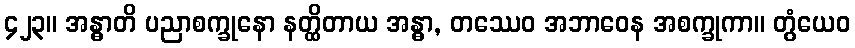
၄၂၃။ အန္ဓာတိ ပညာစက္ခုနော နတ္ထိတာယ အန္ဓာ, တဿေဝ အဘာဝေန အစက္ခုကာ။ တွံယေဝ